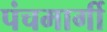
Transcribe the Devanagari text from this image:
पंचमार्गी